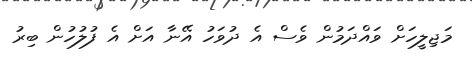
މަޖިލީހަށް ވައްދަމުން ވެސް އެ ދުވަހު އޭނާ އަށް އެ ފުލުހުން ބިރު